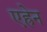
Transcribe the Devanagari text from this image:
एह्रेन